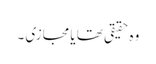
وہ حقیقی تھا یا مجازی ۔